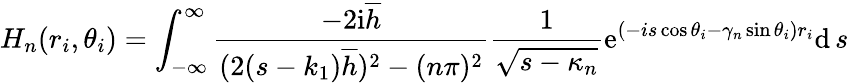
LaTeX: H_{n}(r_{i},\theta_{i})=\int_{-\infty}^{\infty}\frac{-2\mathrm{i}\overline{{h}}}{(2(s-k_{1})\overline{{h}})^{2}-(n\pi)^{2}}\frac{1}{\sqrt{s-\kappa_{n}}}\mathrm{e}^{(-is\cos\theta_{i}-\gamma_{n}\sin\theta_{i})r_{i}}\mathrm{d}\, s